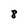
Character: 8